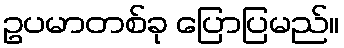
ဥပမာတစ်ခု ပြောပြမည်။